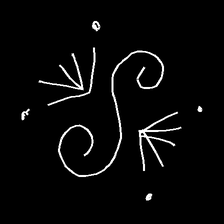
Glyph: aeroform